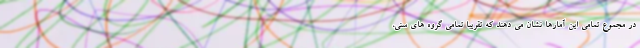
در مجموع تمامی این آمارها نشان می دهند که تقریبا تمامی گروه های سنی،